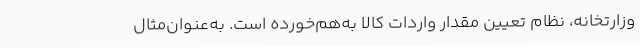
وزارتخانه، نظام تعیین مقدار واردات کالا به‌هم‌خورده است. به‌عنوان‌مثال